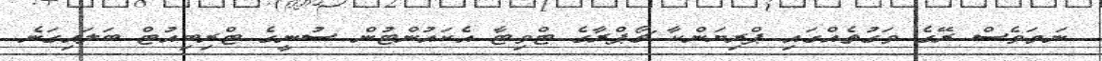
ނަމަވެސް ރޭގެ ވަގުތެއްގައި ޕްރިޔަންކާ ޗޯޕްރާގެ ޓްވިޓާ އެކައުންޓުން ސުނީގެ ޓްރިބިއުޓް ބަލައިގަނެ